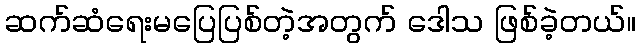
ဆက်ဆံရေးမပြေပြစ်တဲ့အတွက် ဒေါသ ဖြစ်ခဲ့တယ်။